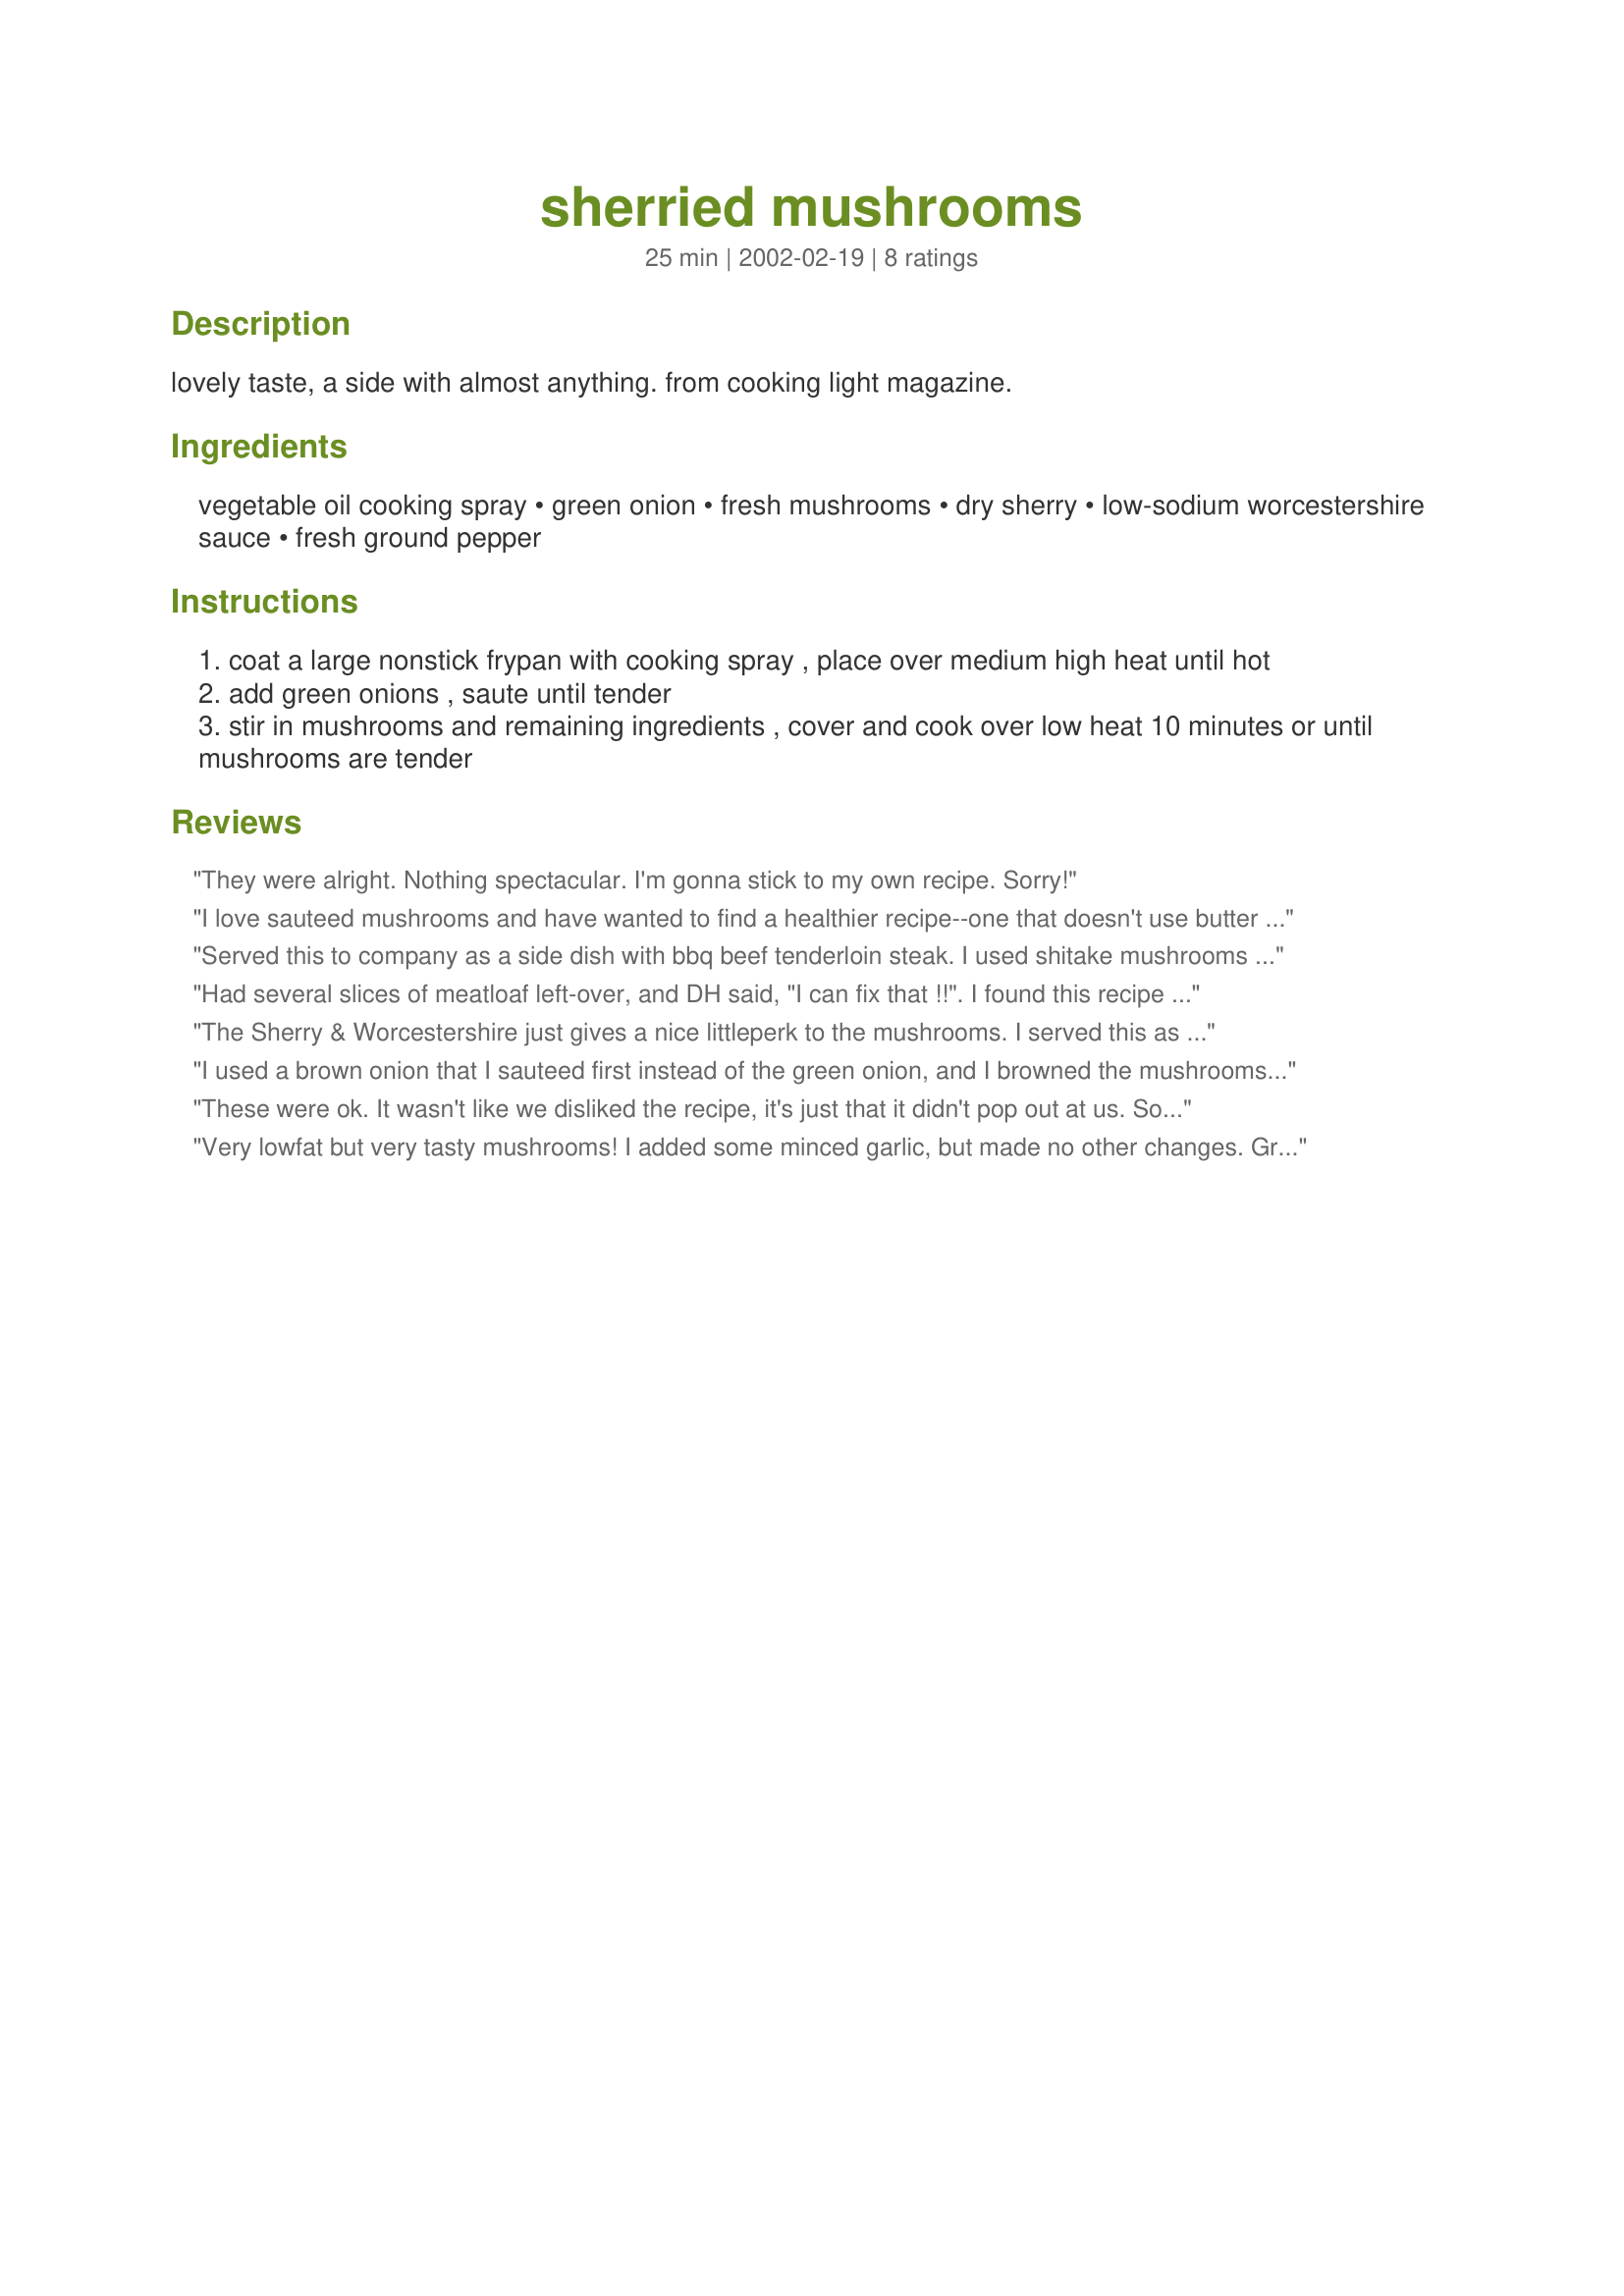
sherried mushrooms
Preparation time: 25 minutes

lovely taste, a side with almost anything. from cooking light magazine.

Ingredients:
vegetable oil cooking spray, green onion, fresh mushrooms, dry sherry, low-sodium worcestershire sauce, fresh ground pepper

Steps:
coat a large nonstick frypan with cooking spray , place over medium high heat until hot
add green onions , saute until tender
stir in mushrooms and remaining ingredients , cover and cook over low heat 10 minutes or until mushrooms are tender

Reviews:
They were alright. Nothing spectacular. I'm gonna stick to my own recipe. Sorry!
I love sauteed mushrooms and have wanted to find a healthier recipe--one that doesn't use butter and still tastes good. This one was just the thing. The worcestershire and sherry gave the mushrooms great flavor. I did find myself wanting to add salt and pepper to this dish. It brought out the flavors a little more--only used 1/4 teaspoon of each. Thanks for an easy, healthy side dish that will go with anything.
 Served this to company as a side dish with bbq beef tenderloin steak. I used shitake mushrooms and creamed sherry as I did not have dry sherry on hand. These are quick and easy to make, not to mention delicious. They were a hit and I will be making these again. Thanks for posting Derf.
Had several slices of meatloaf left-over, and DH said, "I can fix that !!". I found this recipe by accident, and he set about "doing HIS thing". He pretty much started out as directed, then added salt to taste, and some additional sherry when almost finished. Added about 2 Tbsp. butter, on med-high, to bind it. Then poured the mushroom sauce over the slices of meatloaf, "nuked" it for 2-3 minutes, and it was a nice main dish with mashed potatoes !! Thanks, Derf, for a new slant on old leftovers !
Thanks for a new slant
 The Sherry & Worcestershire just gives a nice littleperk to the mushrooms. I served this as a side dish for Brunch today. I also served pan fried potatoes, sliced tomatoes, crisp bacon, 12 grain toast and Cheese omelettes. The mushrooms were the special dish. Next time I will use whole small button mushrooms. Thanks Derf for another keeper
I used a brown onion that I sauteed first instead of the green onion, and I browned the mushrooms first as well. Then I added everything together with the sherry (I used cream), worcestershire (who could spell that?) and s&p. I topped with some fresh parsley for color and brought to a party. Delicious!
These were ok. It wasn't like we disliked the recipe, it's just that it didn't pop out at us. So, not a bad review by any means, just not 5 stars. But, thank you for the recipe.
Very lowfat but very tasty mushrooms! I added some minced garlic, but made no other changes. Great recipe for the mushroom lovers (like myself). Thanx for a new tasty mushroom recipe!
